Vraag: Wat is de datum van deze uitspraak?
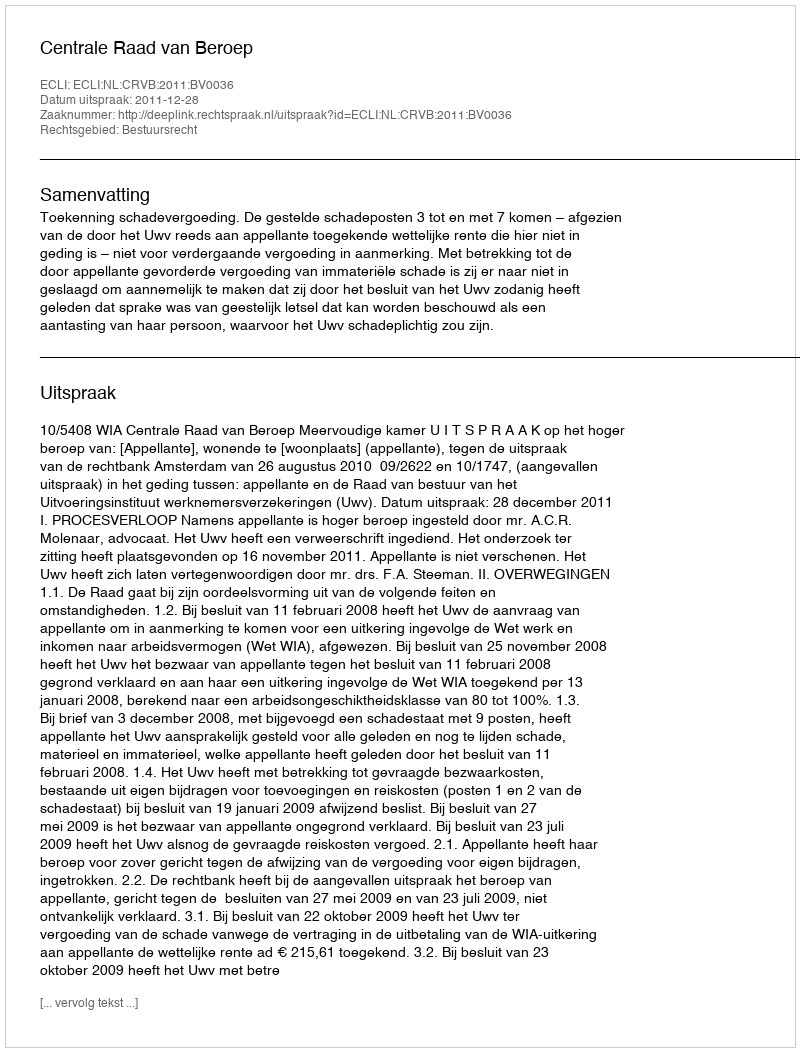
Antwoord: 2011-12-28